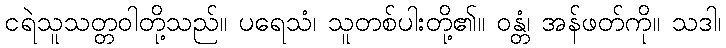
ငရဲသူသတ္တဝါတို့သည်။ ပရေသံ၊ သူတစ်ပါးတို့၏။ ဝန္တံ၊ အန်ဖတ်ကို။ သဒါ၊